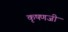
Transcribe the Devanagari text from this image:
कृषणजी